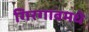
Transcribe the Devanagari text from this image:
गिरगावमधे